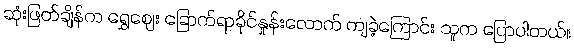
ဆုံးဖြတ်ချိန်က ရွှေဈေး ခြောက်ရာခိုင်နှုန်းလောက် ကျခဲ့ကြောင်း သူက ပြောပါတယ်။